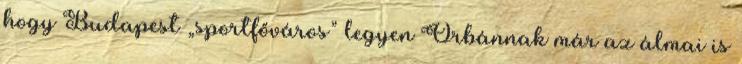
hogy Budapest „sportfőváros” legyen Orbánnak már az álmai is